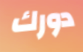
دورك